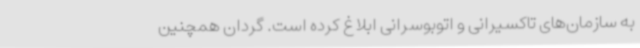
به سازمان‌های تاکسیرانی و اتوبوسرانی ابلاغ کرده است. گردان همچنین